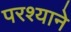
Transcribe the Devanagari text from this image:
परश्याने